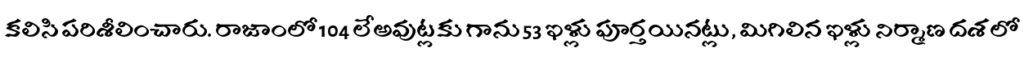
కలిసి పరిశీలించారు. రాజాంలో 104 లేఅవుట్లకు గాను 53 ఇళ్లు పూర్తయినట్లు, మిగిలిన ఇళ్లు నిర్మాణ దశలో